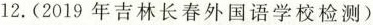
12.(2019年吉林长春外国语学校检测